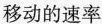
移动的速率